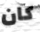
كان